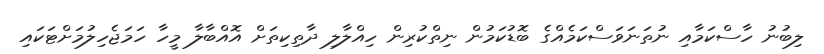
ލިބުނު ހާސްކަމާއި ނުތަނަވަސްކަމެއްގެ ބޮޑުކަމުން ނިތްކުރިން ހިއްލާލި ދާތިކިތަށް އޮއްބާލާ މީހާ ހަމަޖެހިލުމަށްޓަކައި